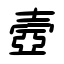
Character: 壼